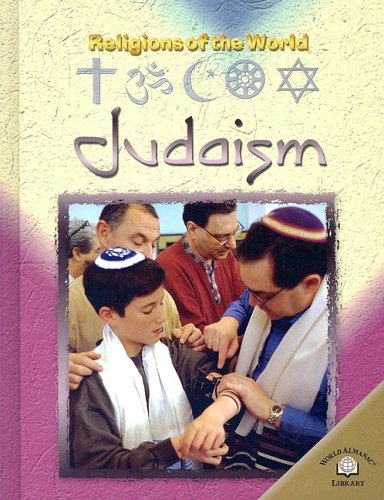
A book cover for Judaism: Religions of the World; Michael Keene; Teen & Young Adult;